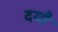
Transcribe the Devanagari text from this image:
दयौ